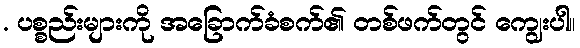
. ပစ္စည်းများကို အခြောက်ခံစက်၏ တစ်ဖက်တွင် ကျွေးပါ။